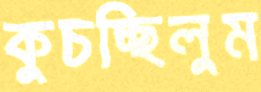
কুচচ্ছিলুম